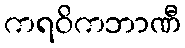
ကရဝိကဘာဏီ